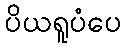
ပိယရူပံပေ